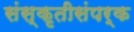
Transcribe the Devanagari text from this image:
संस्कृतीसंपर्क